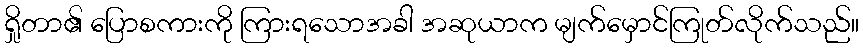
ရှိုတာ၏ ပြောစကားကို ကြားရသောအခါ အဆုယာက မျက်မှောင်ကြုတ်လိုက်သည်။